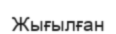
Жығылған